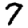
Digit: 7